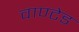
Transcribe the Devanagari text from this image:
वाण्टेड